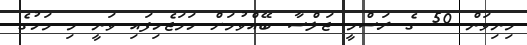
މިނިވަން 50 ގެ ރަސްމީ ޖަލްސާ ބޭއްވުމަށް ހަމަޖެހިފައި ވަނީ މި މަހުގެ